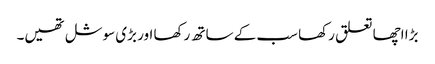
بڑا اچھا تعلق رکھا سب کے ساتھ رکھا اور بڑی سوشل تھیں۔